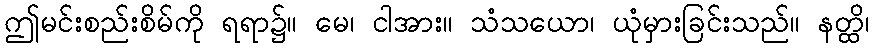
ဤမင်းစည်းစိမ်ကို ရရာ၌။ မေ၊ ငါအား။ သံသယော၊ ယုံမှားခြင်းသည်။ နတ္ထိ၊